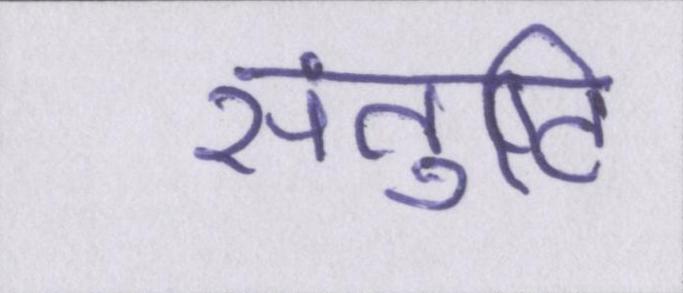
संतुष्टि